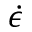
\dot { \epsilon }